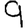
Digit: 9